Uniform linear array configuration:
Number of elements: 64
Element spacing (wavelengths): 0.75
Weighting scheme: uniform
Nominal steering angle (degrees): -30
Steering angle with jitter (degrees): -30.582
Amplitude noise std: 0.05
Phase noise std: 0.05

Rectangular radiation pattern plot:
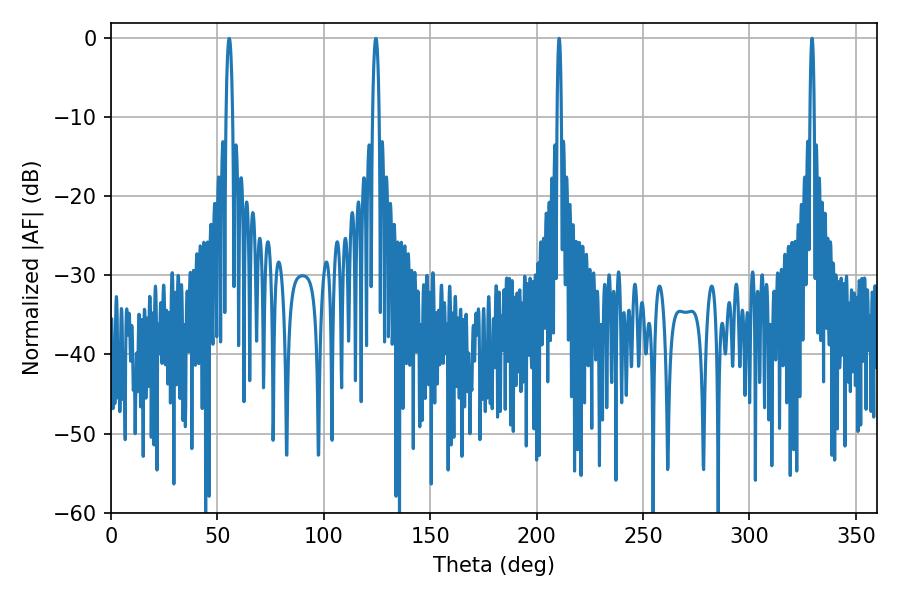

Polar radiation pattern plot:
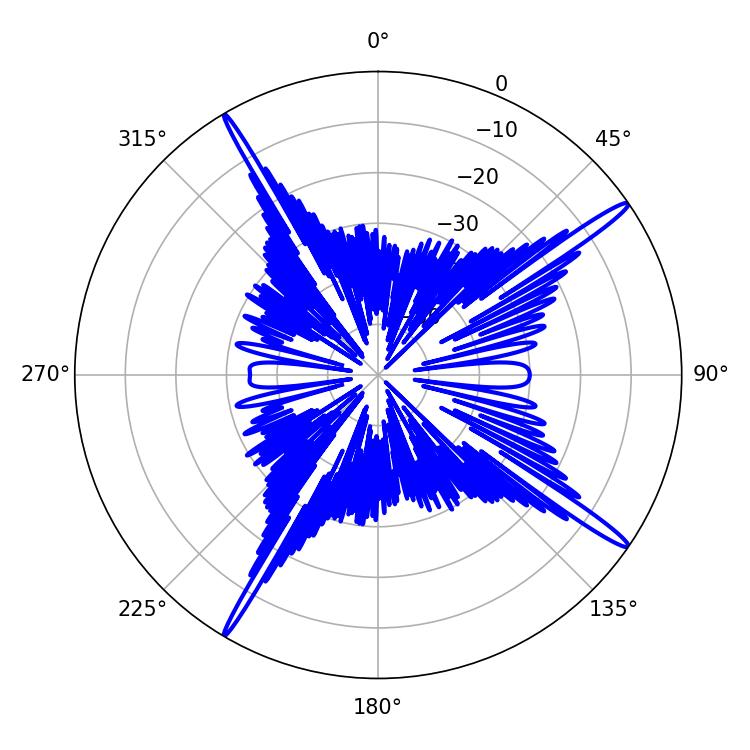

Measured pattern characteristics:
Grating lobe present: TRUE
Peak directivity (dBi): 17.457
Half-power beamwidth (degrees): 1.08
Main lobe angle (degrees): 210.6